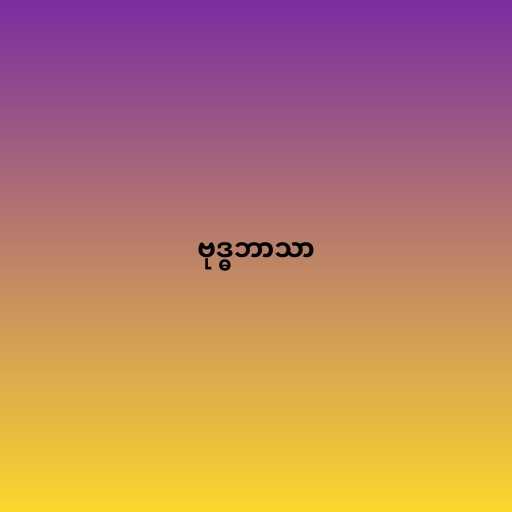
ဗုဒ္ဓဘာသာ